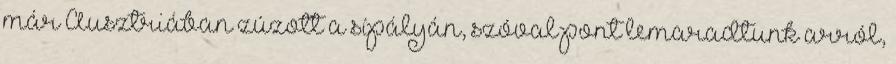
már Ausztriában zúzott a sípályán, szóval pont lemaradtunk arról,